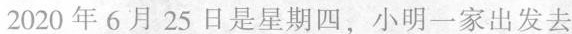
2020年6月25日是星期四，小明一家出发去